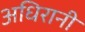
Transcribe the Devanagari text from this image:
अधिरानी